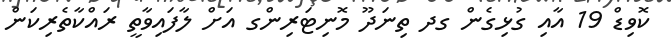
ކޮވިޑް 19 އާއި ގުޅިގެން ގދ ތިނަދޫ މޮނިޓަރިންގ އަށް ލާފައިވާތީ ރައްކާތެރިކަން